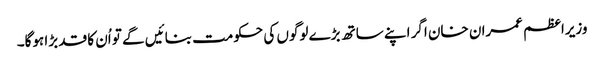
وزیراعظم عمران خان اگر اپنے ساتھ بڑے لوگوں کی حکومت بنائیں گے تو اُن کا قد بڑا ہوگا۔